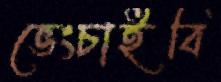
ভেংচাইবি